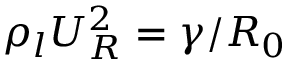
\rho _ { l } U _ { R } ^ { 2 } = \gamma / R _ { 0 }